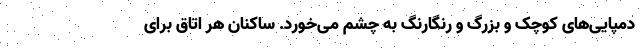
دمپایی‌های کوچک و بزرگ و رنگارنگ به چشم می‌خورد. ساکنان هر اتاق برای